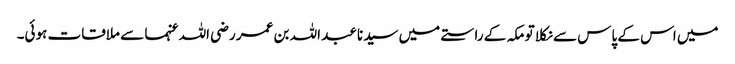
میں اس کے پاس سے نکلا تو مکہ کے راستے میں سیدنا عبد اللہ بن عمر رضی اللہ عنہما سے ملاقات ہوئی۔